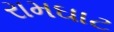
રામઘાટ